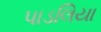
પાડલિયા